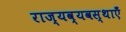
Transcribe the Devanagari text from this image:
राज्यव्यवस्थाएँ